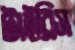
টাইরিস